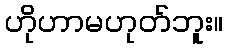
ဟိုဟာမဟုတ်ဘူး။